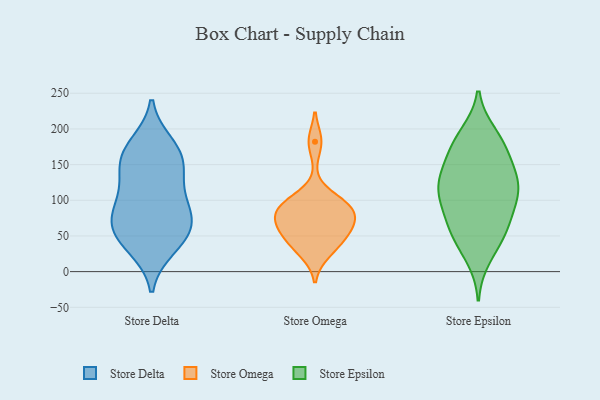
{"axis": {"x": "Conversion Rate (%)", "y": "Value"}, "legend": ["Store Delta", "Store Epsilon", "Store Omega"], "data": [{"x": "", "y": 44, "type": "Store Delta"}, {"x": "", "y": 143, "type": "Store Delta"}, {"x": "", "y": 48, "type": "Store Delta"}, {"x": "", "y": 178, "type": "Store Delta"}, {"x": "", "y": 166, "type": "Store Delta"}, {"x": "", "y": 74, "type": "Store Delta"}, {"x": "", "y": 80, "type": "Store Delta"}, {"x": "", "y": 166, "type": "Store Delta"}, {"x": "", "y": 80, "type": "Store Delta"}, {"x": "", "y": 34, "type": "Store Delta"}, {"x": "", "y": 100, "type": "Store Delta"}, {"x": "", "y": 118, "type": "Store Delta"}, {"x": "", "y": 61, "type": "Store Delta"}, {"x": "", "y": 148, "type": "Store Delta"}, {"x": "", "y": 88, "type": "Store Omega"}, {"x": "", "y": 45, "type": "Store Omega"}, {"x": "", "y": 43, "type": "Store Omega"}, {"x": "", "y": 63, "type": "Store Omega"}, {"x": "", "y": 26, "type": "Store Omega"}, {"x": "", "y": 69, "type": "Store Omega"}, {"x": "", "y": 100, "type": "Store Omega"}, {"x": "", "y": 182, "type": "Store Omega"}, {"x": "", "y": 88, "type": "Store Omega"}, {"x": "", "y": 68, "type": "Store Omega"}, {"x": "", "y": 93, "type": "Store Omega"}, {"x": "", "y": 125, "type": "Store Epsilon"}, {"x": "", "y": 55, "type": "Store Epsilon"}, {"x": "", "y": 150, "type": "Store Epsilon"}, {"x": "", "y": 130, "type": "Store Epsilon"}, {"x": "", "y": 55, "type": "Store Epsilon"}, {"x": "", "y": 70, "type": "Store Epsilon"}, {"x": "", "y": 193, "type": "Store Epsilon"}, {"x": "", "y": 107, "type": "Store Epsilon"}, {"x": "", "y": 159, "type": "Store Epsilon"}, {"x": "", "y": 111, "type": "Store Epsilon"}, {"x": "", "y": 181, "type": "Store Epsilon"}, {"x": "", "y": 19, "type": "Store Epsilon"}, {"x": "", "y": 68, "type": "Store Epsilon"}, {"x": "", "y": 119, "type": "Store Epsilon"}, {"x": "", "y": 126, "type": "Store Epsilon"}, {"x": "", "y": 189, "type": "Store Epsilon"}, {"x": "", "y": 39, "type": "Store Epsilon"}, {"x": "", "y": 103, "type": "Store Epsilon"}, {"x": "", "y": 90, "type": "Store Epsilon"}, {"x": "", "y": 167, "type": "Store Epsilon"}]}